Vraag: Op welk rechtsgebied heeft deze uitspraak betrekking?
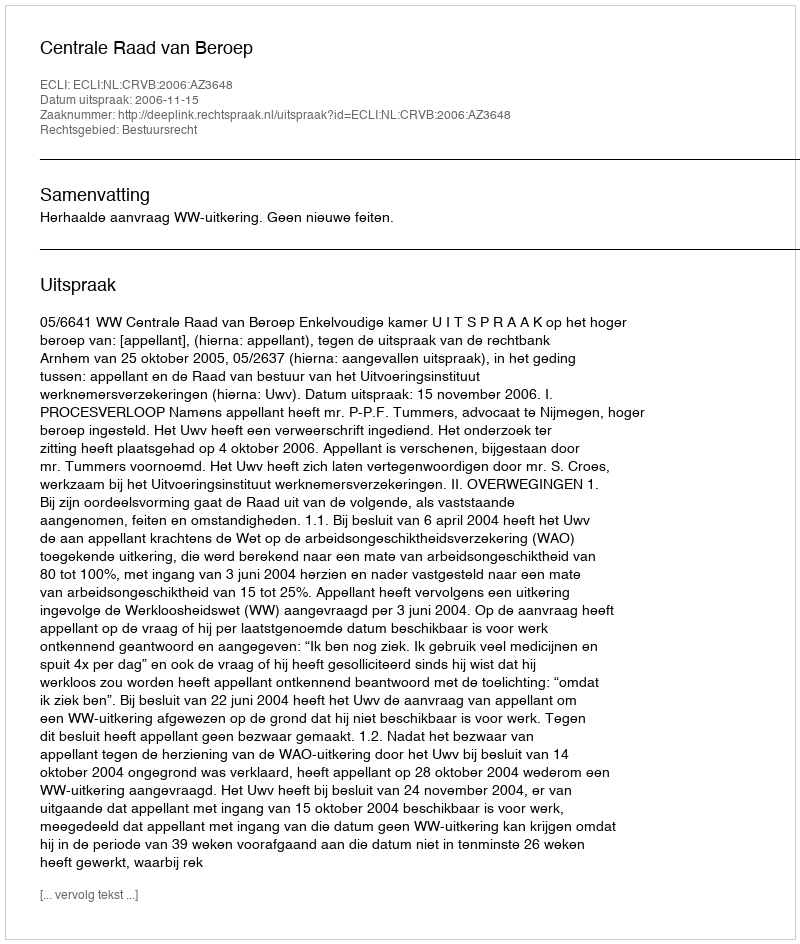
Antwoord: Bestuursrecht